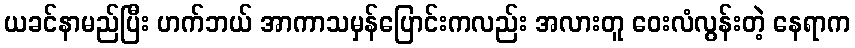
ယခင်နာမည်ပြီး ဟက်ဘယ် အာကာသမှန်ပြောင်းကလည်း အလားတူ ဝေးလံလွန်းတဲ့ နေရာက